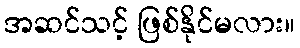
အဆင်သင့် ဖြစ်နိုင်မလား။